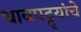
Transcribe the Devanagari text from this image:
धावपट्ट्यांचे